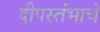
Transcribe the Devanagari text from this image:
दीपस्तंभाचे